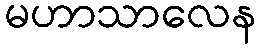
မဟာသာလေန